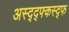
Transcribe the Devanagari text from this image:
अस्द्द्फ्कस्द्फ